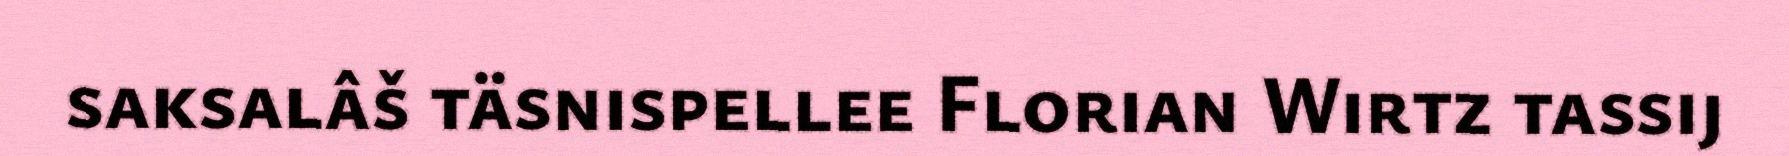
saksalâš täsnispellee Florian Wirtz tassij